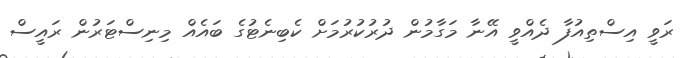
ރަވީ އިސްތިއުފާ ދެއްވީ އޭނާ މަގާމުން ދުރުކުރުމަށް ކެބިނެޓުގެ ބައެއް މިނިސްޓަރުން ރައީސް